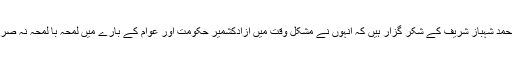
مسلم لیگ ن کے قائد محمد نواز شریف ،صدر مسلم لیگ ن محمد شہباز شریف کے شکر گزار ہیں کہ انہوں نے مشکل وقت میں آزادکشمیر حکومت اور عوام کے بارے میں لمحہ با لمحہ نہ صر ف آگاہی حاصل کی بلکہ ہر ممکن تعاون کا بھی یقین دلایا ۔